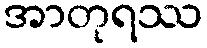
အာတုရဿ